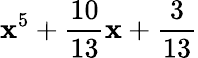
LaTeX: \mathbf{x}^{5}+{\frac{{10}}{{13}}}\mathbf{x}+{\frac{{3}}{{13}}}